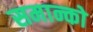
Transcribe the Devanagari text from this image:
समान्को